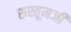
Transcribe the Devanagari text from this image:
रुस्तूमजी